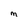
Character: M